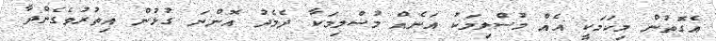
އެގޮތުން މިކަމަކީ އެއް މުސްލިމަކު އަނެއް މުސްލިމަކާ ދެމެދު އޮންނަ ގުޅުން އިތުރުވެގެންދާ